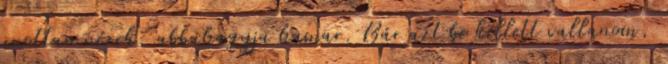
unottan nézek, abbahagyja hamar. Bár azt be kellett vallanom,